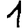
Digit: 1